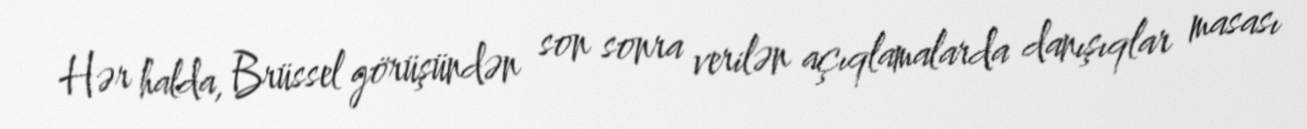
Hər halda, Brüssel görüşündən son sonra verilən açıqlamalarda danışıqlar masası